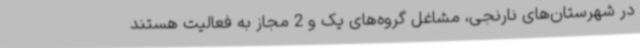
در شهرستان‌های نارنجی، مشاغل گروه‌های یک و 2 مجاز به فعالیت هستند